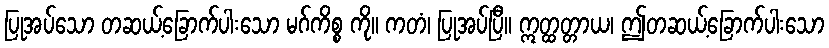
ပြုအပ်သော တဆယ့်ခြောက်ပါးသော မဂ်ကိစ္စ ကို။ ကတံ၊ ပြုအပ်ပြီ။ ဣတ္ထတ္တာယ၊ ဤတဆယ့်ခြောက်ပါးသော